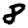
Digit: 8